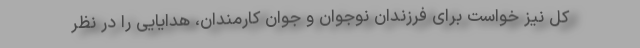
کل نیز خواست برای فرزندان نوجوان و جوان کارمندان، هدایایی را در نظر